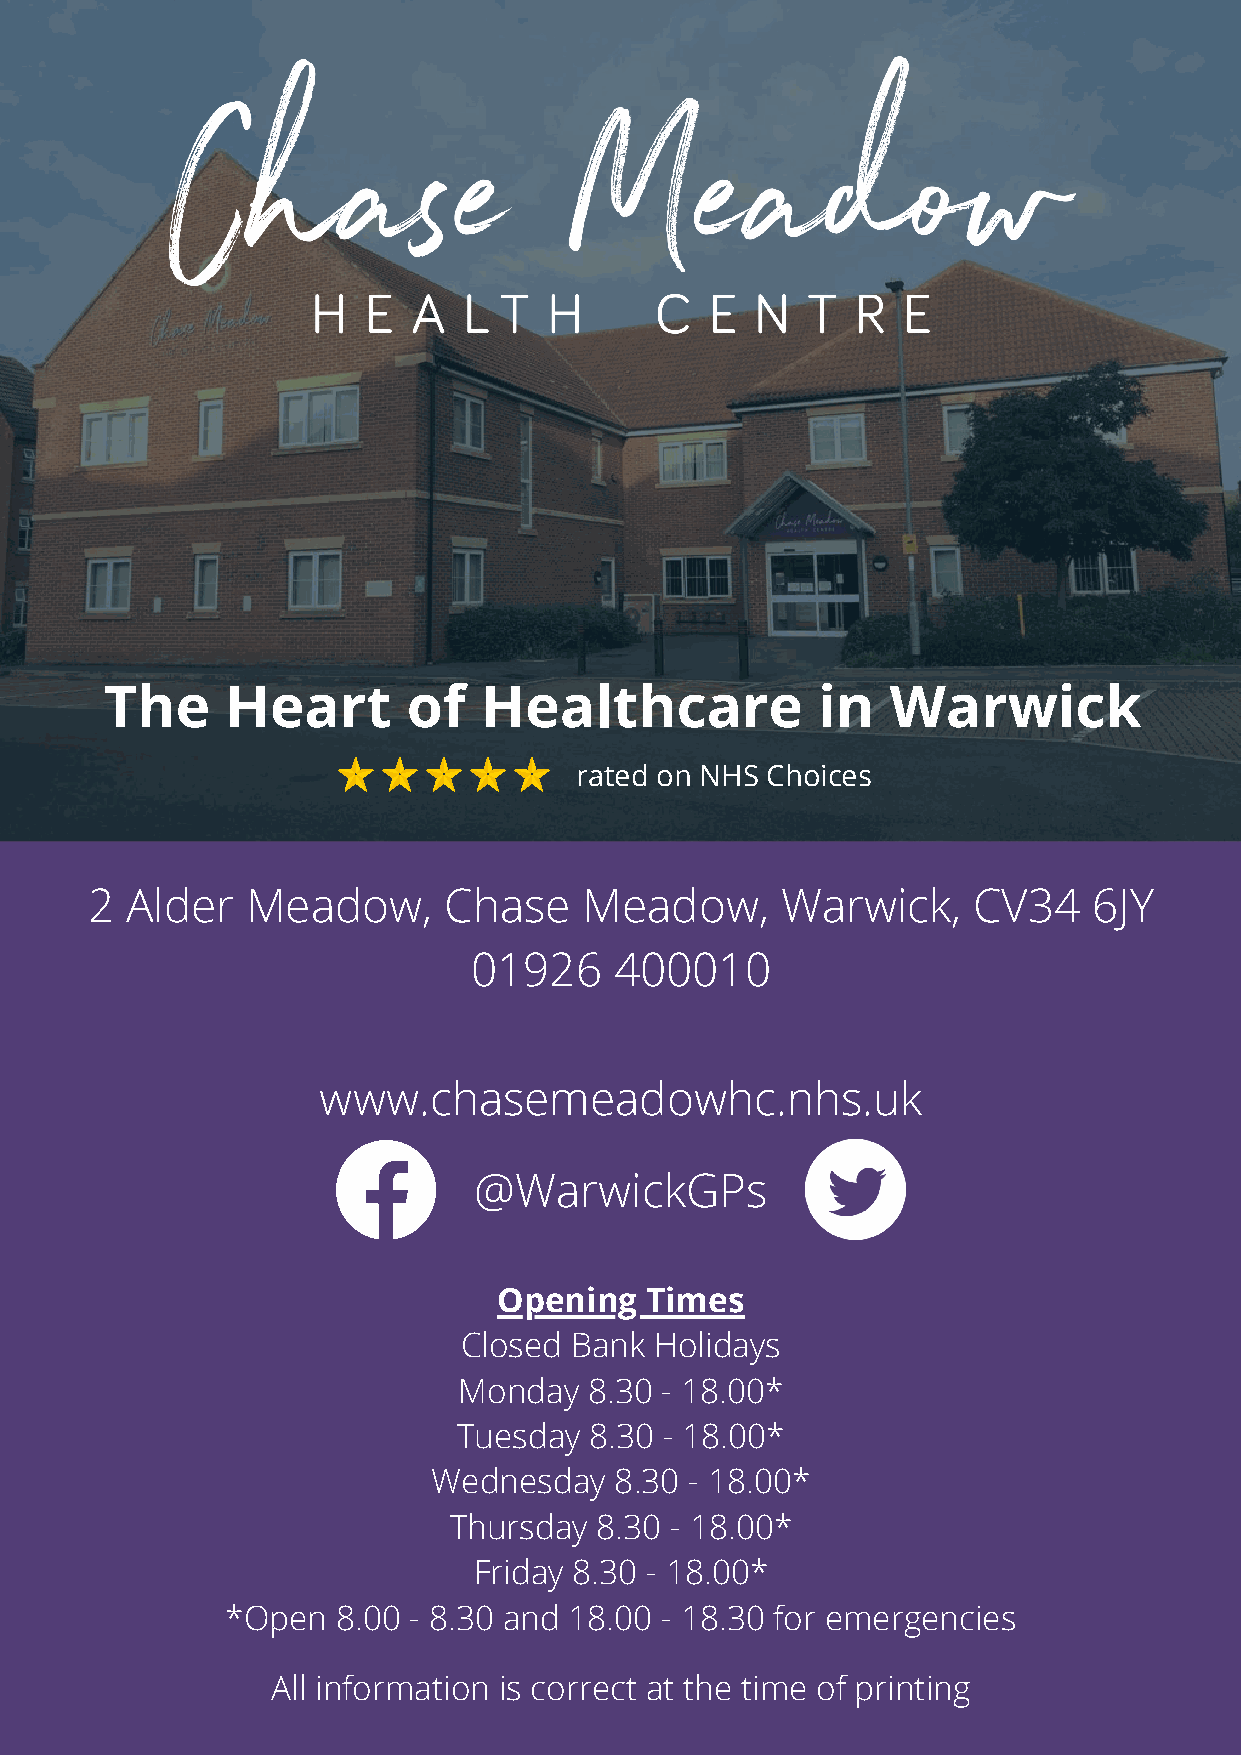
The     Heart       of   Healthcare            in   Warwick
 rated on NHS Choices
 2 Alder   Meadow,      Chase     Meadow,      Warwick,    CV34    6JY
 01926     400010
 www.chasemeadowhc.nhs.uk
 @WarwickGPs
 Opening   Times
 Closed  Bank Holidays
 Monday   8.30 - 18.00*
 Tuesday  8.30 - 18.00*
 Wednesday   8.30 - 18.00*
 Thursday 8.30 - 18.00*
 Friday 8.30 - 18.00*
 *Open  8.00 - 8.30 and 18.00 - 18.30 for emergencies
 All information is correct at the time of printing